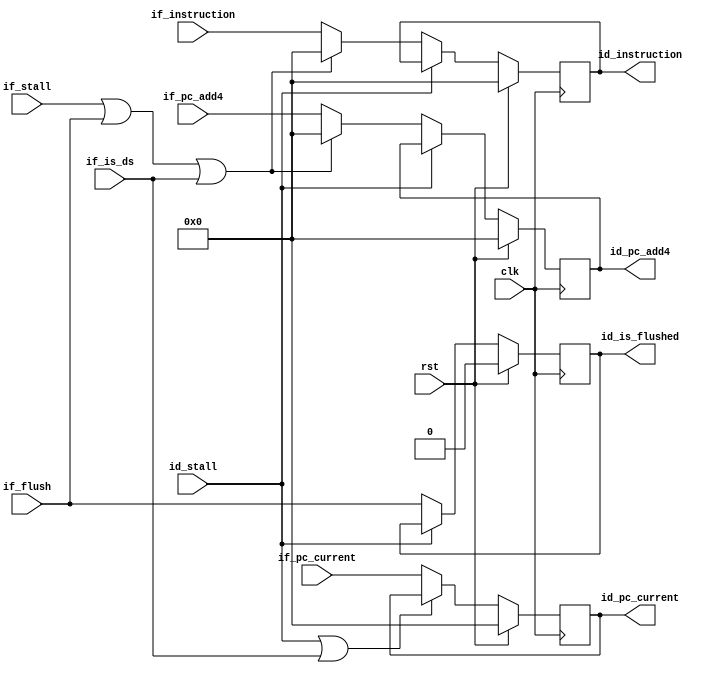
module ada_ifid_stage(
    input               clk,            // main clock
    input               rst,            // main reset
    input       [31:0]  if_instruction, // Instruction from IF
    input       [31:0]  if_pc_current,  // PC from IF
    input       [31:0]  if_pc_add4,     // PC + 1 from IF
    input               if_stall,       // Stall IF
    input               if_flush,       // Flush IF
    input               id_stall,       // Stall ID
    input               if_is_ds,       // this instruction is a Branch Delay Slot
    output  reg [31:0]  id_instruction, // ID instruction
    output  reg [31:0]  id_pc_current,  // PC to ID
    output  reg [31:0]  id_pc_add4,     // PC + 1 to ID
    //output  reg         id_is_ds ,      // this instruction is a Branch Delay Slot.
    output  reg         id_is_flushed   // this instruction is discarded.
    );

    //--------------------------------------------------------------------------
    // In case of a stall/flush, use the current PC as address for the generated
    // NOP instruction, so in case of an interrupt, use it as the return address.
    //
    // xx_is_flushed is used to ignore the instruction at ID in case of interrupt.
    //
    // The signal xx_is_ds  indicates "bubbles" in the pipeline. In that case,
    // keep the last PC (the branch instruction), so in an interrupt occurs, the
    // instruction to restart is the branch, not the "bubble" a.k.a. Branch Delay
    // Slot.
    //--------------------------------------------------------------------------
    always @(posedge clk) begin
        id_instruction <= (rst) ? 32'b0 : ((id_stall)             ? id_instruction : ((if_stall | if_flush| if_is_ds ) ? 32'b0 : if_instruction));
        id_pc_current  <= (rst) ? 32'b0 : ((id_stall | if_is_ds ) ? id_pc_current                                              : if_pc_current);
        id_pc_add4     <= (rst) ? 32'b0 : ((id_stall)             ? id_pc_add4     : ((if_stall | if_flush| if_is_ds ) ? 32'b0 : if_pc_add4));
        //id_is_ds       <= (rst) ? 1'b0  : ((id_stall)             ? id_is_ds                                                   : if_is_ds );
        id_is_flushed  <= (rst) ? 1'b0  : ((id_stall)             ? id_is_flushed                                              : if_flush);
    end
endmodule